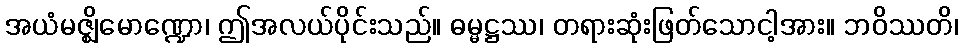
အယံမဇ္ဈိမောဏ္ဍော၊ ဤအလယ်ပိုင်းသည်။ ဓမ္မဋ္ဌဿ၊ တရားဆုံးဖြတ်သောငါ့အား။ ဘဝိဿတိ၊